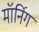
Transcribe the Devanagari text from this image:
मॉर्निग